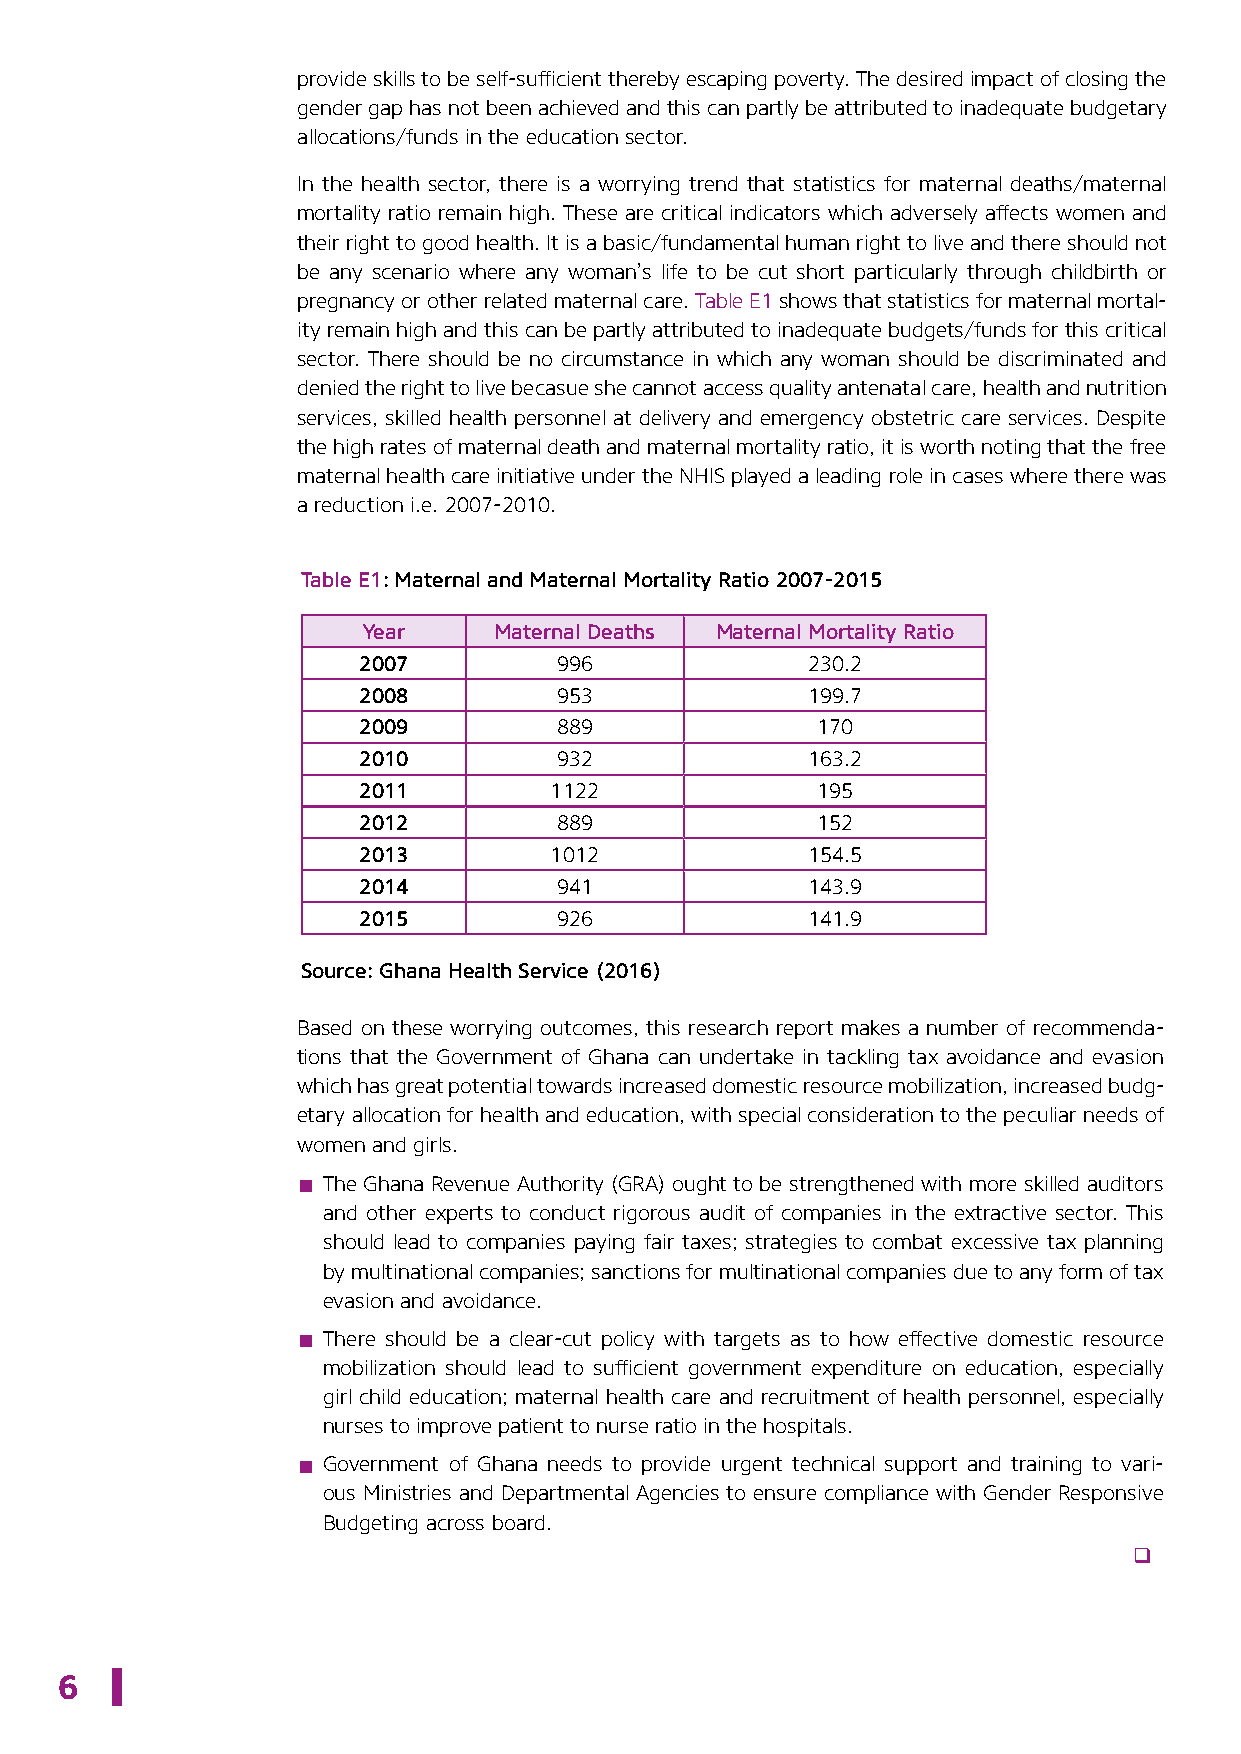
provide skills to be self-sufficient thereby escaping poverty. The desired impact of closing the
 gender gap has not been achieved and this can partly be attributed to inadequate budgetary
 allocations/funds in the education sector.
 In the health sector, there is a worrying trend that statistics for maternal deaths/maternal
 mortality ratio remain high. These are critical indicators which adversely affects women and
 their right to good health. It is a basic/fundamental human right to live and there should not
 be any scenario where any woman’s life to be cut short particularly through childbirth or
 pregnancy or other related maternal care. Table E1 shows that statistics for maternal mortal-
 ity remain high and this can be partly attributed to inadequate budgets/funds for this critical
 sector. There should be no circumstance in which any woman should be discriminated and
 denied the right to live becasue she cannot access quality antenatal care, health and nutrition
 services, skilled health personnel at delivery and emergency obstetric care services. Despite
 the high rates of maternal death and maternal mortality ratio, it is worth noting that the free
 maternal health care initiative under the NHIS played a leading role in cases where there was
 a reduction i.e. 2007-2010.
 Table E1: Maternal and Maternal Mortality Ratio 2007-2015
 Year     Maternal Deaths Maternal Mortality Ratio
 2007         996             230.2
 2008         953             199.7
 2009         889              170
 2010         932             163.2
 2011        1122              195
 2012         889              152
 2013        1012             154.5
 2014         941             143.9
 2015         926             141.9
 Source: Ghana Health Service (2016)
 Based on these worrying outcomes, this research report makes a number of recommenda-
 tions that the Government of Ghana can undertake in tackling tax avoidance and evasion
 which has great potential towards increased domestic resource mobilization, increased budg-
 etary allocation for health and education, with special consideration to the peculiar needs of
 women and girls.
 ▪ The Ghana Revenue Authority (GRA) ought to be strengthened with more skilled auditors
 and other experts to conduct rigorous audit of companies in the extractive sector. This
 should lead to companies paying fair taxes; strategies to combat excessive tax planning
 by multinational companies; sanctions for multinational companies due to any form of tax
 evasion and avoidance.
 ▪ There should be a clear-cut policy with targets as to how effective domestic resource
 mobilization should lead to sufficient government expenditure on education, especially
 girl child education; maternal health care and recruitment of health personnel, especially
 nurses to improve patient to nurse ratio in the hospitals.
 ▪ Government of Ghana needs to provide urgent technical support and training to vari-
 ous Ministries and Departmental Agencies to ensure compliance with Gender Responsive
 Budgeting across board.
 q
 6